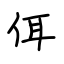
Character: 佴